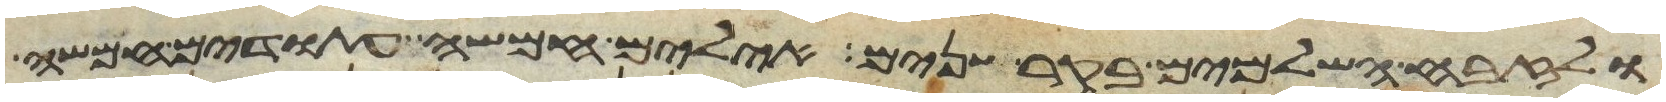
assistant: ולזבח השלמים בקר שנים אילים חמשה עתודים חמשה